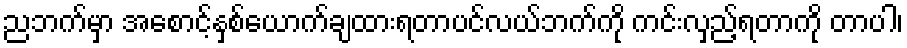
ညဘက်မှာ အစောင့်နှစ်ယောက်ချထားရတာပင်လယ်ဘက်ကို ကင်းလှည့်ရတာကို တာပါ၊